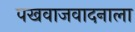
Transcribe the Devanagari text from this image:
पखवाजवादनाला